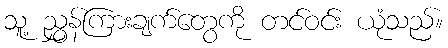
သူ့ ညွှန်ကြားချက်တွေကို တင်ဝင်း ယုံသည်။